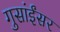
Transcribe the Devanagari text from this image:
गुसांईंसर